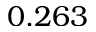
0 . 2 6 3